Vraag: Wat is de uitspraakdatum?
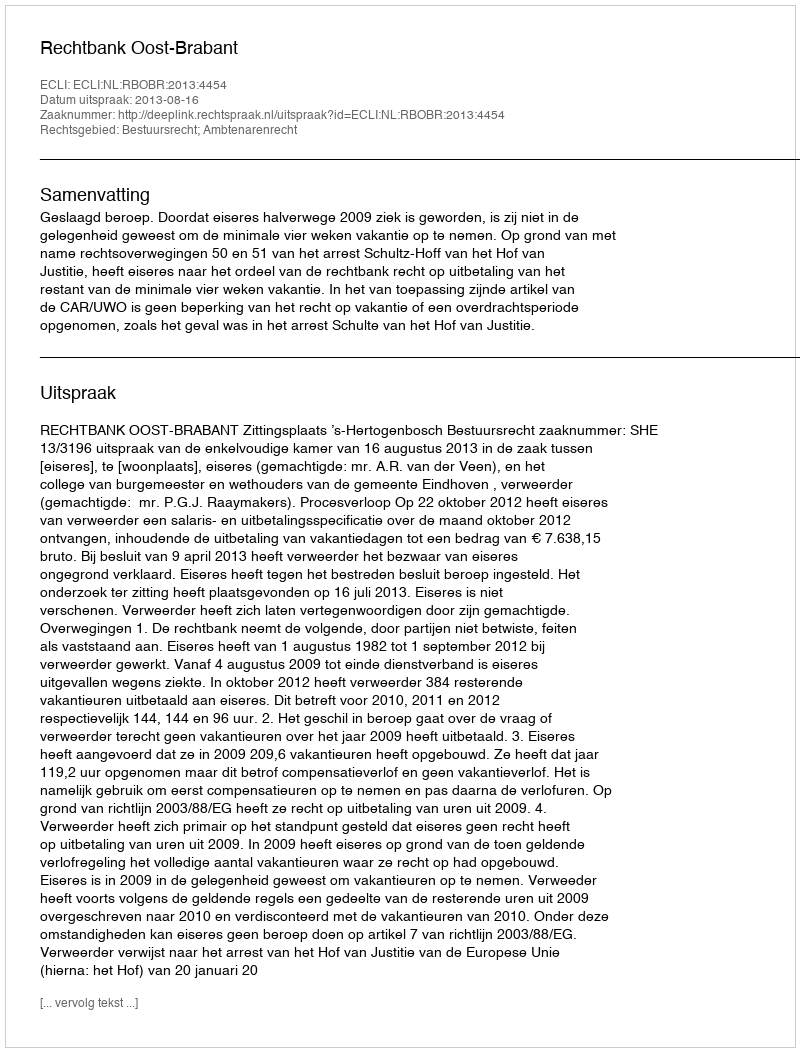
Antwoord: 2013-08-16